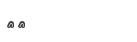
١١